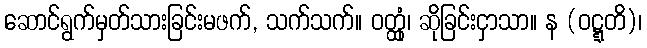
ဆောင်ရွက်မှတ်သားခြင်းမဖက်, သက်သက်။ ဝတ္ထုံ၊ ဆိုခြင်းငှာသာ။ န (ဝဋ္ဋတိ)၊